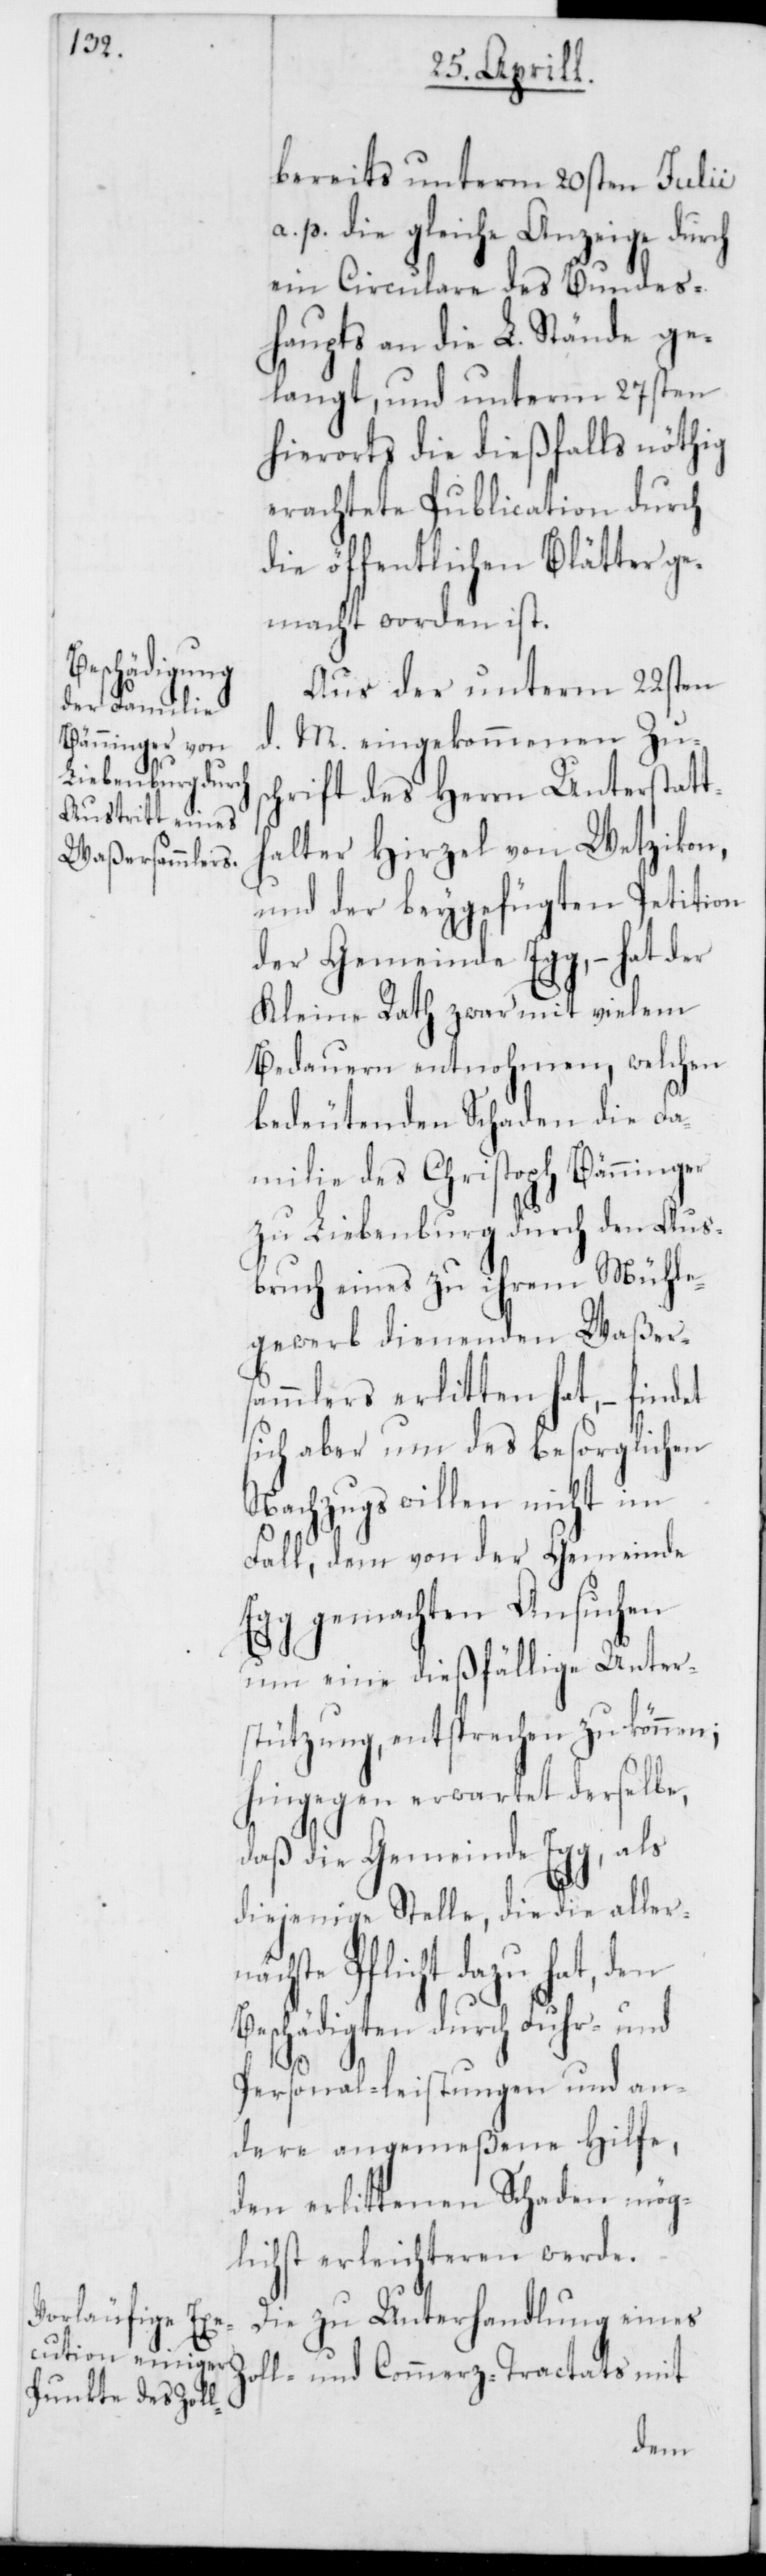
bereits unterm 20sten Julii
p. die gleiche Anzeige durch
ein Circulare des Bundes¬
haupts an die L. Stände ge¬
langt, und unterm 27sten
hierorts die dießfalls nöthig
erachtete Publication durch
die öffentlichen Blätter ge¬
macht worden ist.
Aus der unterm 22sten
d. M. eingekommenen Zus¬
chrift des Herrn Unterstatt¬
alter Hirzel von Wetzikon,
und der beygefügten Petition
der Gemeinde Egg, – hat der
Kleine Rath zwar mit vielem
Bedauern entnohmen, welchen
bedeutenden Schaden die Fa¬
milie des Christoph Bänninger
zu Liebenburg durch den Aus¬
bruch eines zu ihrem Mühle¬
gewerb dienenden Waßer¬
sammlers erlitten hat, – findet
sich aber um des besorglichen
Nachzugs willen nicht im
Fall, dem von der Gemeinde
Egg gemachten Ansuchen
um eine dießfällige Unter¬
stützung, entsprechen zu können;
hingegen erwartet derselbe,
daß die Gemeinde Egg , als
diejenige Stelle, die die aller¬
cht dazu hat, den
Beschädigten durch Fuhr- und
Z¬
Personal-leistungen und an¬
dere angemeßene Hilfe,
den erlittenen Schaden mög¬
lichst erleichteren werde.
Die zu Unterhandlung eines
oll- und Commerz-Tractats mit